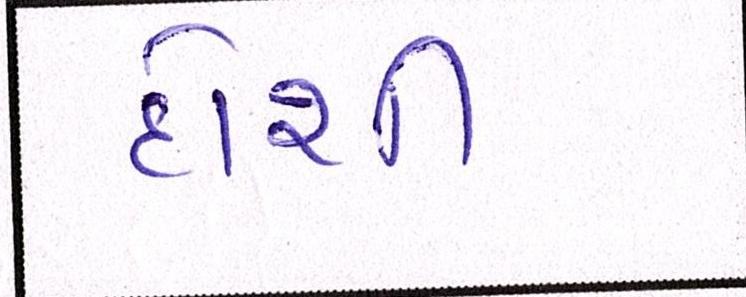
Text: દોશી